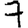
Digit: 7